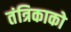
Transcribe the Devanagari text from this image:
तंत्रिकाको